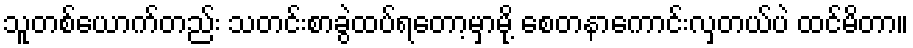
သူတစ်ယောက်တည်း သတင်းစာခွဲထပ်ရတော့မှာမို့ စေတနာကောင်းလှတယ်ပဲ ထင်မိတာ။